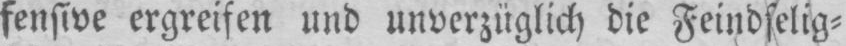
fensive ergreifen und unverzüglich die Feindselig⸗